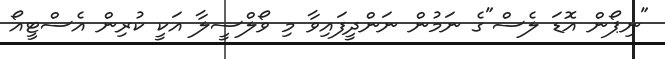
"ނިޕޯން އޮޑަ ލެސް"ގެ ނަމުން ނަންދީފައިވާ މި ވޯލްސީލާ އަކީ ކުރިން އެސްޓީއޯ